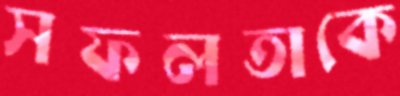
সফলতাকে